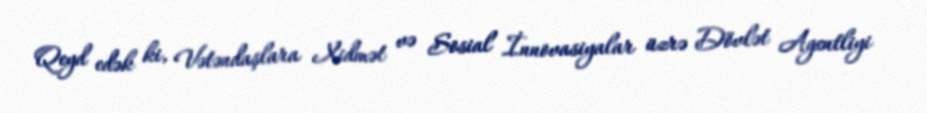
Qeyd edək ki, Vətəndaşlara Xidmət və Sosial İnnovasiyalar üzrə Dövlət Agentliyi